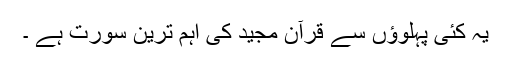
یہ کئی پہلوؤں سے قرآن مجید کی اہم ترین سورت ہے ۔